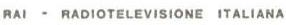
RAI - RADIOTELEVISIONE ITALIANA